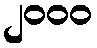
၂၀၀၀